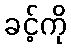
ခင့်ကို